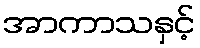
အာကာသနှင့်